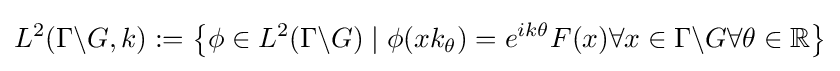
L^{2}(\Gamma \backslash G,k):=\left\{\phi \in L^{2}(\Gamma \backslash G)\mid \phi (xk_{\theta })=e^{ik\theta }F(x)\forall x\in \Gamma \backslash G\forall \theta \in \mathbb {R} \right\}